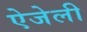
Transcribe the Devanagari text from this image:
ऐजेली